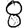
Digit: 8